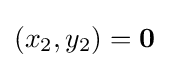
(x_{2},y_{2})=\mathbf {0}